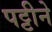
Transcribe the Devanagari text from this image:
पट्टीने